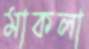
মাকলা